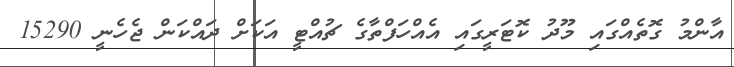
އާންމު ގޮތެއްގައި މޫދު ކޮޓަރީގައި އެއްހަފްތާގެ ޗުއްޓީ އަކަށް ދައްކަން ޖެހެނީ 15290